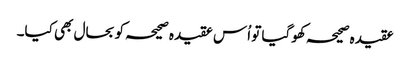
عقیدہ صحیحہ کھوگیا تو اُس عقیدہ صحیحہ کو بحال بھی کیا۔